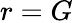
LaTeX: r=G